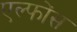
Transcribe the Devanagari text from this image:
एल्फोंस